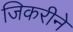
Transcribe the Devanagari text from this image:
जिकरीने